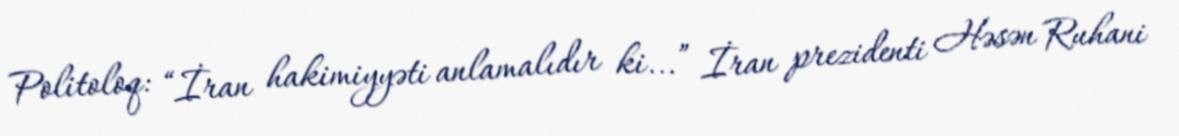
Politoloq: “İran hakimiyyəti anlamalıdır ki...” İran prezidenti Həsən Ruhani